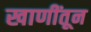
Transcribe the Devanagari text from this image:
खाणींतून